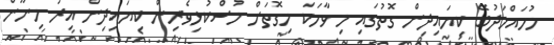
މުހައްމަދުބޭ ކިޔައިދިން ގޮތުގައި މި ވާހަކަ މިގޮތަށް މުސްކުޅިވެރިން ކިޔައިދިން އިރު މިނޫން